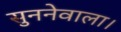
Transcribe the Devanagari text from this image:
सुननेवाला।